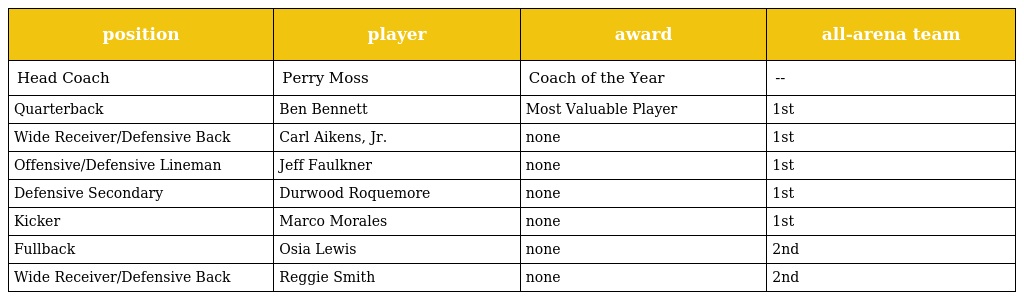
| position | player | award | all-arena team |
 | --- | --- | --- | --- |
 | Head Coach | Perry Moss | Coach of the Year | -- |
 | Quarterback | Ben Bennett | Most Valuable Player | 1st |
 | Wide Receiver/Defensive Back | Carl Aikens, Jr. | none | 1st |
 | Offensive/Defensive Lineman | Jeff Faulkner | none | 1st |
 | Defensive Secondary | Durwood Roquemore | none | 1st |
 | Kicker | Marco Morales | none | 1st |
 | Fullback | Osia Lewis | none | 2nd |
 | Wide Receiver/Defensive Back | Reggie Smith | none | 2nd |